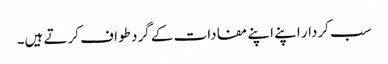
سب کردار اپنے اپنے مفادات کے گرد طواف کرتے ہیں۔